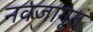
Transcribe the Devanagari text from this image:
नवजागृत